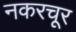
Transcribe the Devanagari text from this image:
नकरचूर